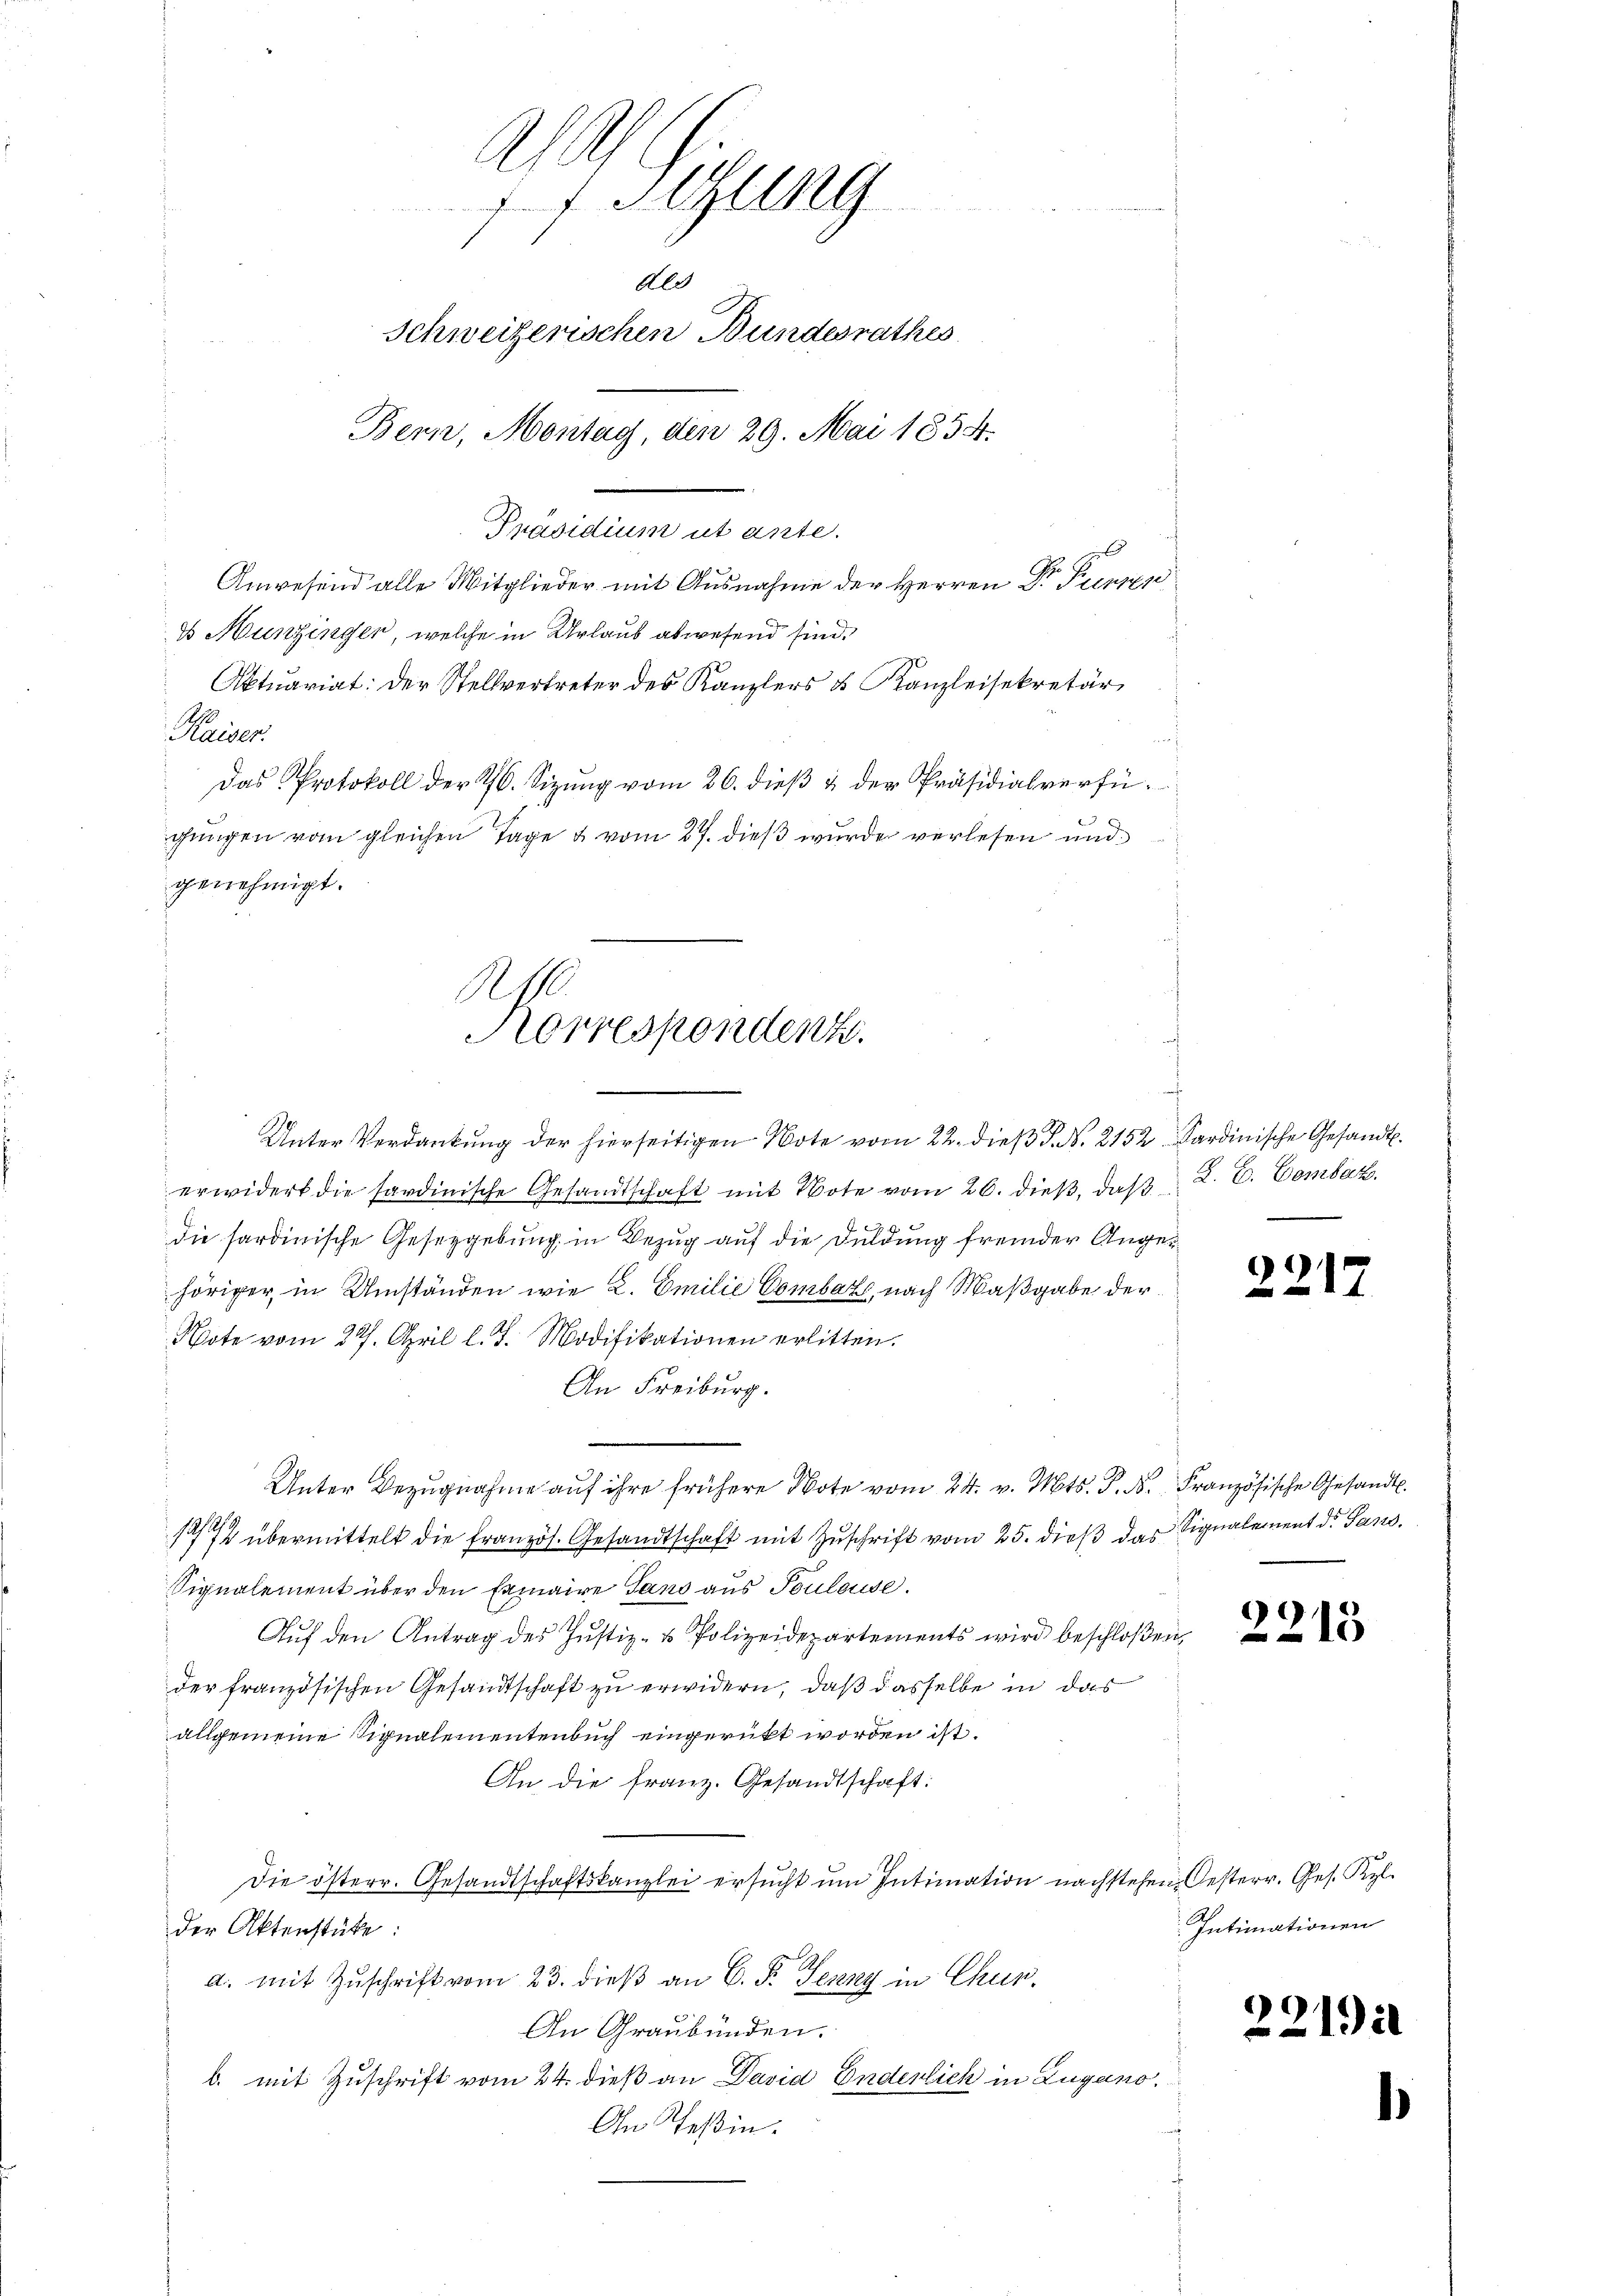
A
1f Sitzung
Als
Schweizerischen Bundesrathes
Bern, Montag, den 29. Mai 1854.
Präsidium ut ante.
Anwesend alle Mitglieder mit Ausnahme der Herren Dr. Prenzen
ds Munzinger, welche in Urlaub abwesend sind.

iien
gungen vom gleichen Tage & vom 27. dieß wurde verlesen und
genehmigt.

Korrespendent.

Aktuariat der Stellvertreter des Kanzlers & Kanzleisekretär
Das Protokoll der 26. Sizŭng vom 26. dieβ u der Präsidialverfü-

Unter Verdankŭng der hierseitigen Note vom 22. dieβ J. N. 2152 Sardinische Gesandt.
erwidert die sardinische Gesandtschaft mit Note vom 26. dieß, daß 2. C. Bombar.
die sardinische Gesetzgebung in Bezug auf die Duldung fremder Angehöriger in Umständen wie L. Emilie Combar, nach Maßgabe der
Note vom 27. April l. J. Modifikationen erlitten.
An Freiburg.
Unter Bezŭgnahme aŭf ihre frühere Note vom 24. v. Mts. d. d. Französische Gesandt.
1774 übermittelt die französ. Gesandtschaft mit Zuschrift vom 25. dieß das Signalement d. Jans
Signalement über den Ermaire Gans aus Souleuse.
Auf den Antrag des Justiz- & Polizeidepartements wird beschloßen,
der französischen Gesandtschaft zu erwidern, daß dasselbe in das
allgemeine Signalementenbuch eingerückt worden ist.
An die franz. Gesandtschaft:
Die österr. Gesandtschaftskanzlei ersucht um Intimation nachstehen, Oesterr. Ges. Kel
der Aktenstüke:
d. mit Zuschrift vom 23. dieß an C. P. Jenny in Chur.
An Graubünden.
b. mit Zuschrift vom 24. dieß an David Enderlich in Zugano.
An Teßin.

¬

2212

)
213

Intimationen

22192

.